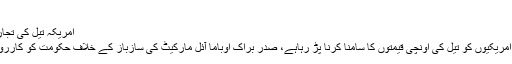
تیل کی تجارت کو منظم کرنے کی کوشش
امریکہ تیل کی تجارت کو منظم کرنے کی کوشش اپریل 17, 2012
ایک ایسے وقت میں جب کہ گاڑیاں رکھنے والے امریکیوں کو تیل کی اونچی قیمتوں کا سامنا کرنا پڑ رہاہے، صدر براک اوباما آئل مارکیٹ کی سازباز کے خلاف حکومت کو کارروائی کرنے کے لیے کہنے کی تیاری کررہے ہیں۔